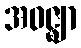
အဝဇ္ဈာ